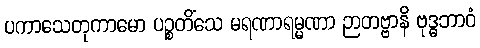
ပကာသေတုကာမော ပဉ္စတိံသေ မရဏာရမ္မဏာ ဉာတဗ္ဗာနိ ဗုဒ္ဓဘာဝံ